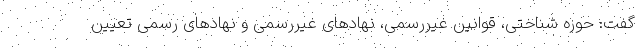
گفت: حوزه شناختی، قوانین غیررسمی، نهادهای غیررسمی و نهادهای رسمی تعیین